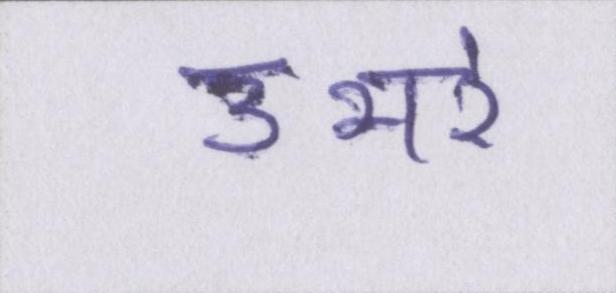
उभरे